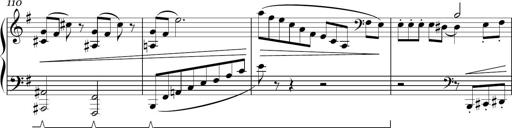
Title: Sonatina in E minor
Composer: Shuwen Zhang
Key: E minor